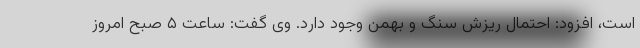
است، افزود: احتمال ریزش سنگ و بهمن وجود دارد. وی گفت: ساعت ۵ صبح امروز